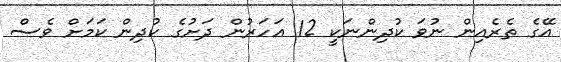
އޭގެ ތެރެއިން ނުވަ ކުދިންނަކީ 12 އަހަރުން ދަށުގެ ކުދިން ކަމަށް ވެސް